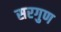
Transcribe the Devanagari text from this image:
सरगुण